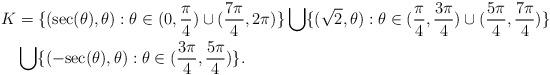
LaTeX: \begin{align*}K&=\{ ({\rm sec}(\theta),\theta): \theta\in (0,\frac{\pi}{4} )\cup(\frac{7\pi}{4}, 2\pi)\} \bigcup \{(\sqrt{2},\theta): \theta\in(\frac{\pi}{4}, \frac{3 \pi}{4}) \cup (\frac{5\pi}{4}, \frac{7\pi}{4})\} \\&\bigcup \{ (-{\rm sec}(\theta), \theta): \theta \in(\frac{3\pi}{4}, \frac{5 \pi}{4})\}.\end{align*}